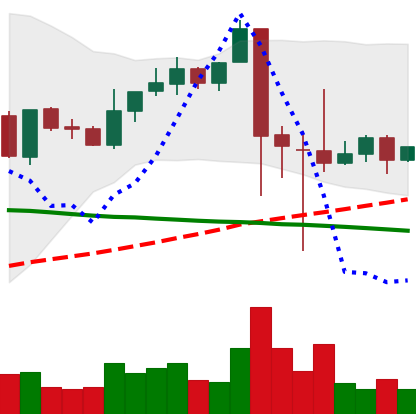
Ticker: XRP-USD
Chart end date: 2021-09-14
Forward return: -4.391%
Label: down_3_5